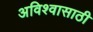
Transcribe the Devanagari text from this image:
अविश्‍वासाठी